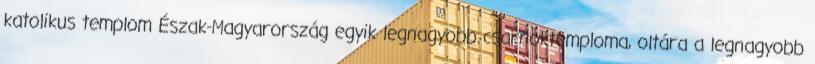
katolikus templom Észak-Magyarország egyik legnagyobb csarnoktemploma, oltára a legnagyobb